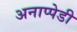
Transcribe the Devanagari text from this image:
अनाप्पेडी